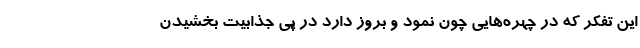
این تفکر که در چهره‌هایی چون نمود و بروز دارد در پی جذابیت بخشیدن